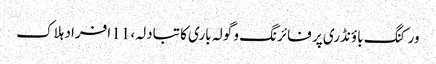
ورکنگ باؤنڈری پر فائرنگ و گولہ باری کا تبادلہ، 11 افراد ہلاک